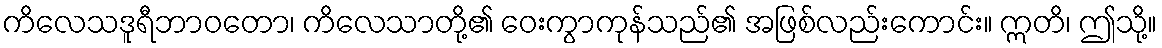
ကိလေသဒူရီဘာဝတော၊ ကိလေသာတို့၏ ဝေးကွာကုန်သည်၏ အဖြစ်လည်းကောင်း။ ဣတိ၊ ဤသို့။